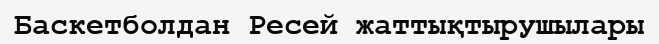
Баскетболдан Ресей жаттықтырушылары